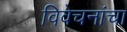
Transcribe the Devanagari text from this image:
विवेचनांचा